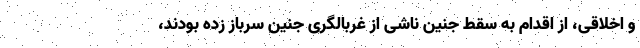
و اخلاقی، از اقدام به سقط جنین ناشی از غربالگری جنین سرباز زده بودند،